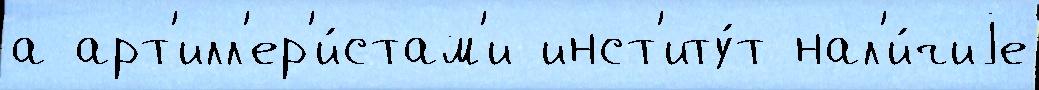
а арт'илл'ер'и́стам'и инст'иту́т нал'и́чиjе